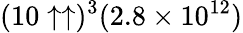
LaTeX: (10\uparrow\uparrow)^{3}(2.8\times 10^{12})